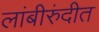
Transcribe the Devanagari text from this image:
लांबीरुंदीत